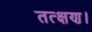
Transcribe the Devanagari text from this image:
तत्क्षण।